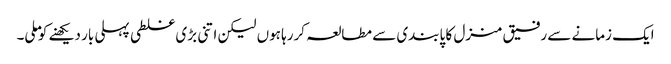
ایک زمانے سے رفیق منزل کا پابندی سے مطالعہ کررہا ہوں لیکن اتنی بڑی غلطی پہلی بار دیکھنے کو ملی۔